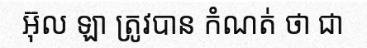
អ៊ុល ឡា ត្រូវបាន កំណត់ ថា ជា